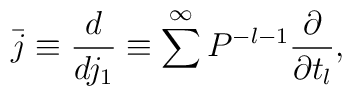
\bar{j}\equiv \frac{d}{dj_{1}}\equiv \sum^{\infty}P^{-l-1}\frac{\partial}{\partial t_{l}},